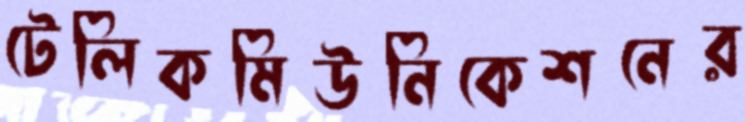
টেলিকমিউনিকেশনের